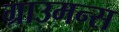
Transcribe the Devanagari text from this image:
ग्राउमन्स